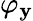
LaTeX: \varphi_{\mathbf{y}}